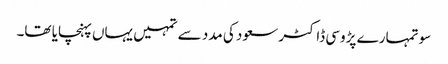
سو تمہارے پڑوسی ڈاکٹر سعود کی مدد سے تمہیں یہاں پہنچایا تھا۔